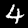
Digit: 4